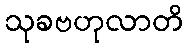
သုခဗဟုလာတိ